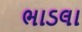
ભાડલા